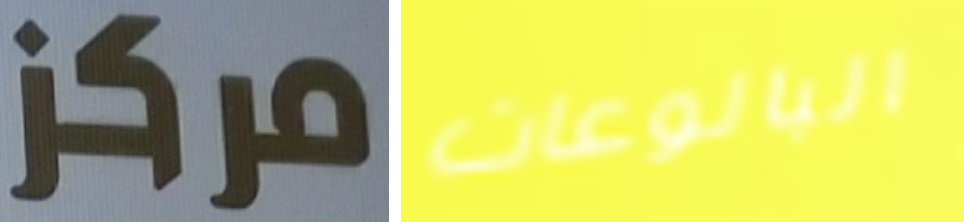
مركز البالوعات